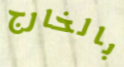
بالخارج